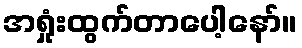
အရှုံးထွက်တာပေါ့နော်။